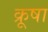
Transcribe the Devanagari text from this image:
क्रूषा